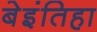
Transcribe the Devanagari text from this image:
बेइंतिहा